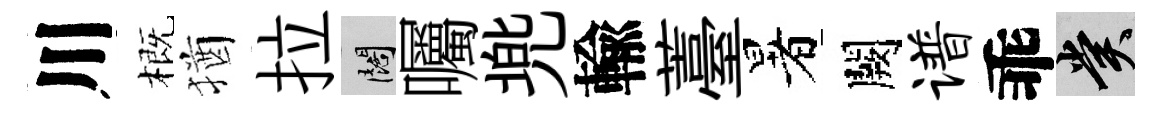
川概猶拉闊囑兠輸薹暑闕谱乖賞